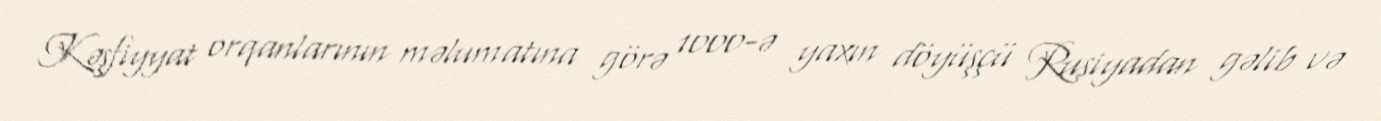
Kəşfiyyat orqanlarının məlumatına görə 1000-ə yaxın döyüşçü Rusiyadan gəlib və